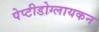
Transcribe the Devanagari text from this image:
पेप्टीडोग्लायकन